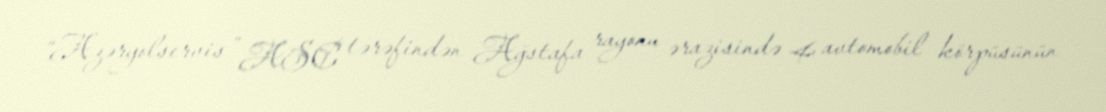
“Azəryolservis” ASC tərəfindən Ağstafa rayonu ərazisində 4 avtomobil körpüsünün